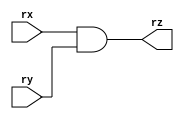
module ANDer(rx,ry,rz);

input [31:0] rx,ry;
output [31:0] rz;
assign rz = rx&ry;

endmodule